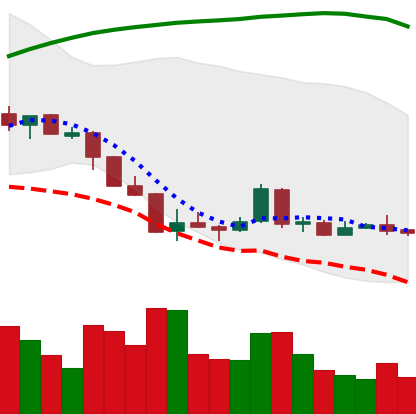
Ticker: LTC-USD
Chart end date: 2018-04-10
Forward return: 15.562%
Label: up_7plus